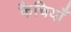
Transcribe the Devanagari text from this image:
कैचियाँ